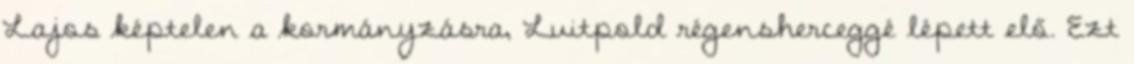
Lajos képtelen a kormányzásra, Luitpold régensherceggé lépett elő. Ezt